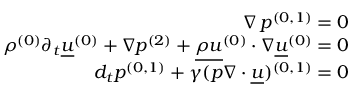
\begin{array} { r } { \nabla \, \ensuremath { p ^ { ( 0 , 1 ) } } = 0 } \\ { \ensuremath { \rho ^ { ( 0 ) } } \partial _ { t } \ensuremath { \underline { { u } } ^ { ( 0 ) } } + \nabla \ensuremath { p ^ { ( 2 ) } } + \ensuremath { \underline { { \rho u } } ^ { ( 0 ) } } \ensuremath { \boldsymbol { \cdot } } \nabla \ensuremath { \underline { { u } } ^ { ( 0 ) } } = 0 } \\ { d _ { t } \ensuremath { p ^ { ( 0 , 1 ) } } + \gamma \ensuremath { ( p \nabla \ensuremath { \boldsymbol { \cdot } } \underline { { u } } ) ^ { ( 0 , 1 ) } } = 0 } \end{array}